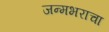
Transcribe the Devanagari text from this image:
जन्मभराचा